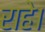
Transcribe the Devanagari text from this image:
राहे।